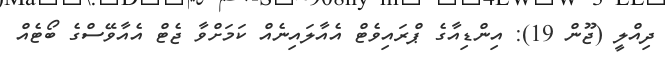
ދިއްލީ (ޖޫން 19): އިންޑިއާގެ ޕްރައިވެޓް އެއާލައިނެއް ކަމަށްވާ ޖެޓް އެއާވޭސްގެ ބޯޓެއް